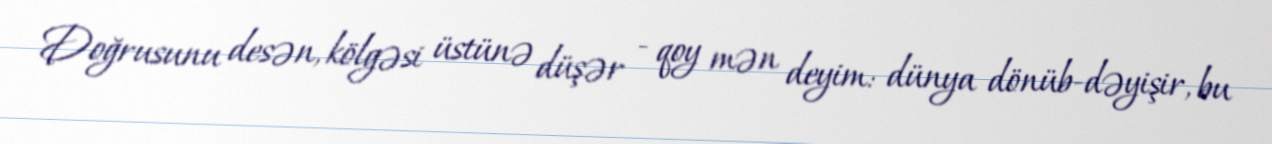
Doğrusunu desən, kölgəsi üstünə düşər - qoy mən deyim: dünya dönüb-dəyişir, bu